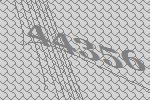
44356